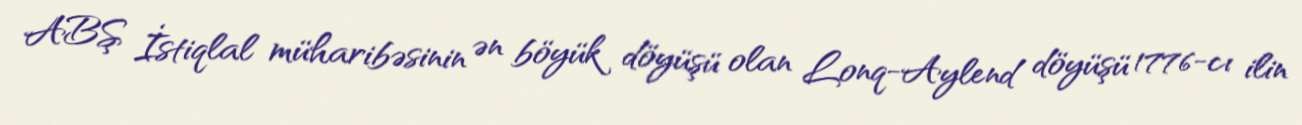
ABŞ İstiqlal müharibəsinin ən böyük döyüşü olan Lonq-Aylend döyüşü 1776-cı ilin